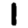
Digit: 1